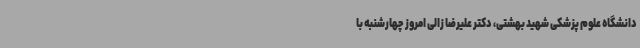
دانشگاه علوم پزشکی شهید بهشتی، دکتر علیرضا زالی امروز چهارشنبه با